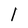
Character: l